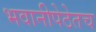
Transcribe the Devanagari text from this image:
भवानीपेठेतच